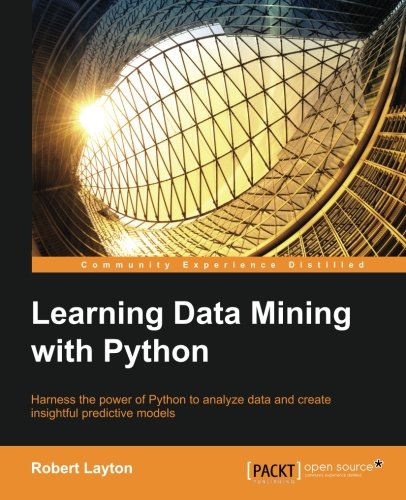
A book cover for Learning Data Mining with Python; Robert Layton; Computers & Technology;